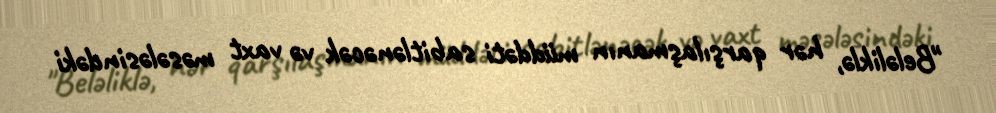
"Beləliklə, hər qarşılaşmanın müddəti sabitlənəcək və vaxt məsələsindəki